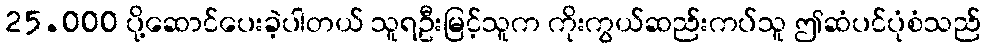
25.000 ပို့ဆောင်ပေးခဲ့ပါတယ် သူရဦးမြင့်သူက ကိုးကွယ်ဆည်းကပ်သူ ဤဆံပင်ပုံစံသည်